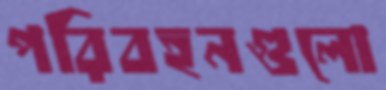
পরিবহনগুলো